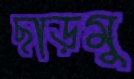
ছাড়মু